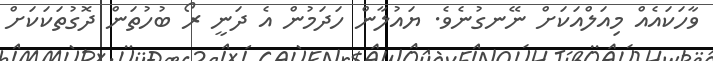
ވާހަކައެއް މިއަލްއަކަށް ނޭނގުނެވެ. ޔައުލާން ހަދަމުން އެ ދަނީ ރޯ ބުހުތަން ދޮގުތަކަކަށް